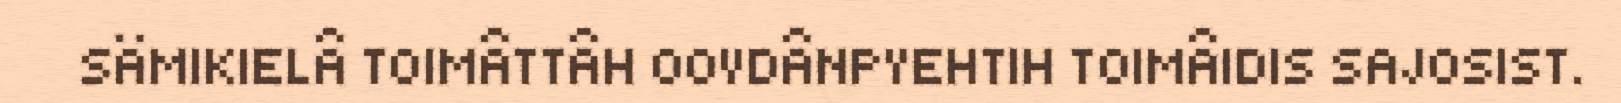
SÄMIKIELÂ TOIMÂTTÂH OOVDÂNPYEHTIH TOIMÂIDIS SAJOSIST.